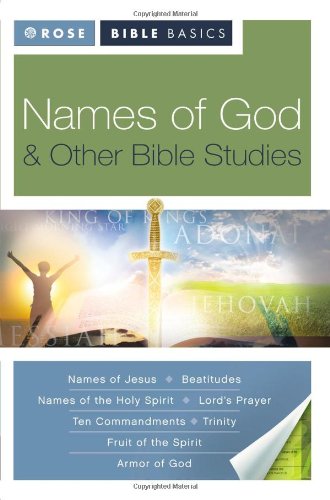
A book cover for Rose Bible Basics: Names of God and Other Bible Studies; Christian Books & Bibles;